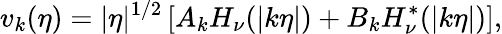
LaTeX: v_{k}(\eta)=|\eta|^{1/2}\left[A_{k}H_{\nu}(|k\eta|)+B_{k}H_{\nu}^{*}(|k\eta|)\right],